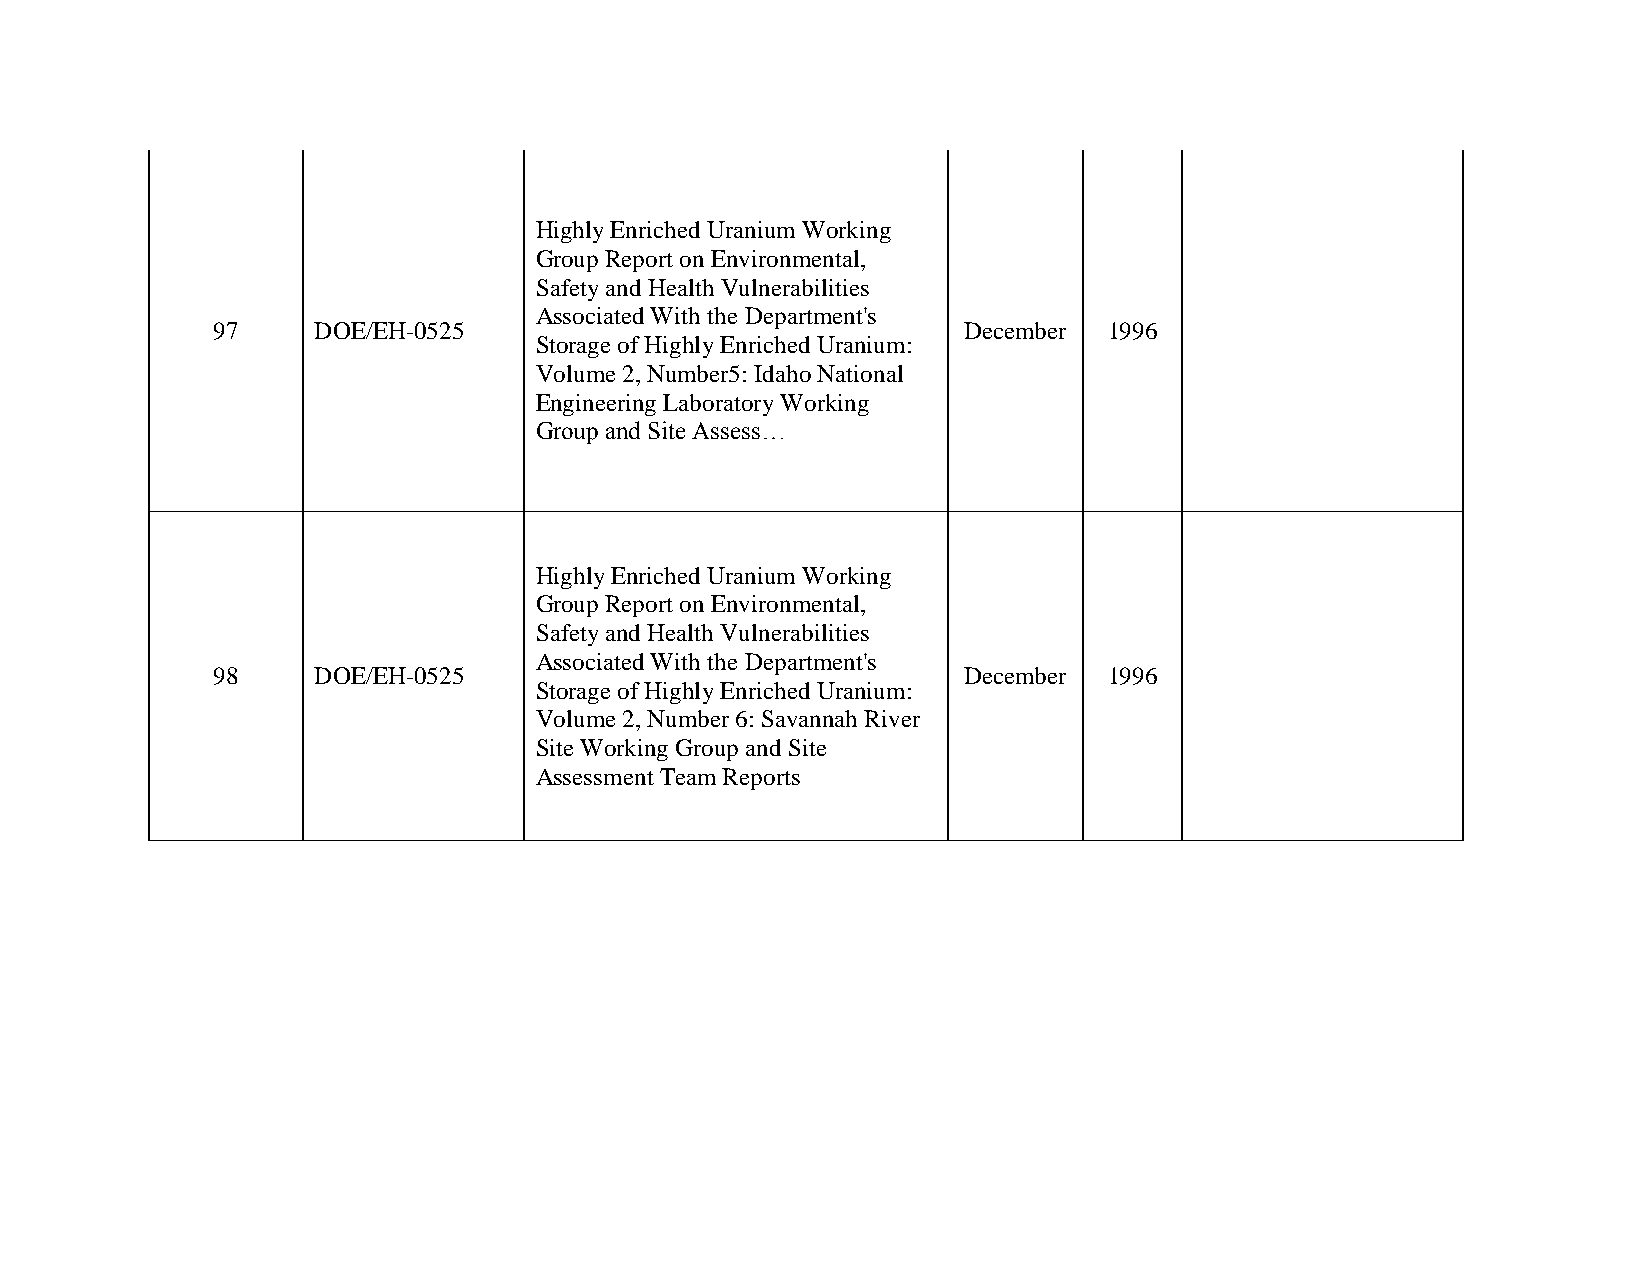
Highly Enriched Uranium Working
 Group Report on Environmental,
 Safety and Health Vulnerabilities
 Associated With the Department's
 97     DOE/EH-0525                                December 1996
 Storage of Highly Enriched Uranium:
 Volume 2, Number5: Idaho National
 Engineering Laboratory Working
 Group and Site Assess…
 Highly Enriched Uranium Working
 Group Report on Environmental,
 Safety and Health Vulnerabilities
 Associated With the Department's
 98     DOE/EH-0525                                December 1996
 Storage of Highly Enriched Uranium:
 Volume 2, Number 6: Savannah River
 Site Working Group and Site
 Assessment Team Reports